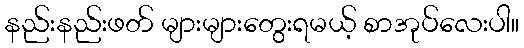
နည်းနည်းဖတ် များများတွေးရမယ့် စာအုပ်လေးပါ။